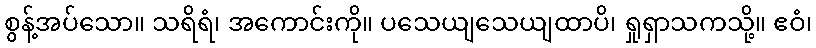
စွန့်အပ်သော။ သရိရံ၊ အကောင်းကို။ ပသေယျသေယျထာပိ၊ ရှုရှာသကသို့။ ဧဝံ၊